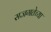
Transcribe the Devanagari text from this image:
सजगतेच्या